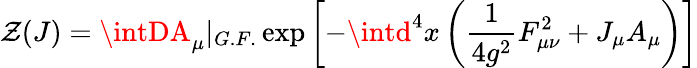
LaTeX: \mathcal{Z}(J)=\intDA_{\mu}|_{G.F.}\exp\left[-\intd^{4}x\left(\frac{{1}}{{4g^{2}}}F_{\mu\nu}^{2}+J_{\mu}A_{\mu}\right)\right]